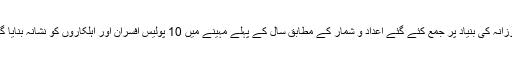
روزانہ کی بنیاد پر جمع کئے گئے اعداد و شمار کے مطابق سال کے پہلے مہینے میں 10 پولیس افسران اور اہلکاروں کو نشانہ بنایا گیا۔